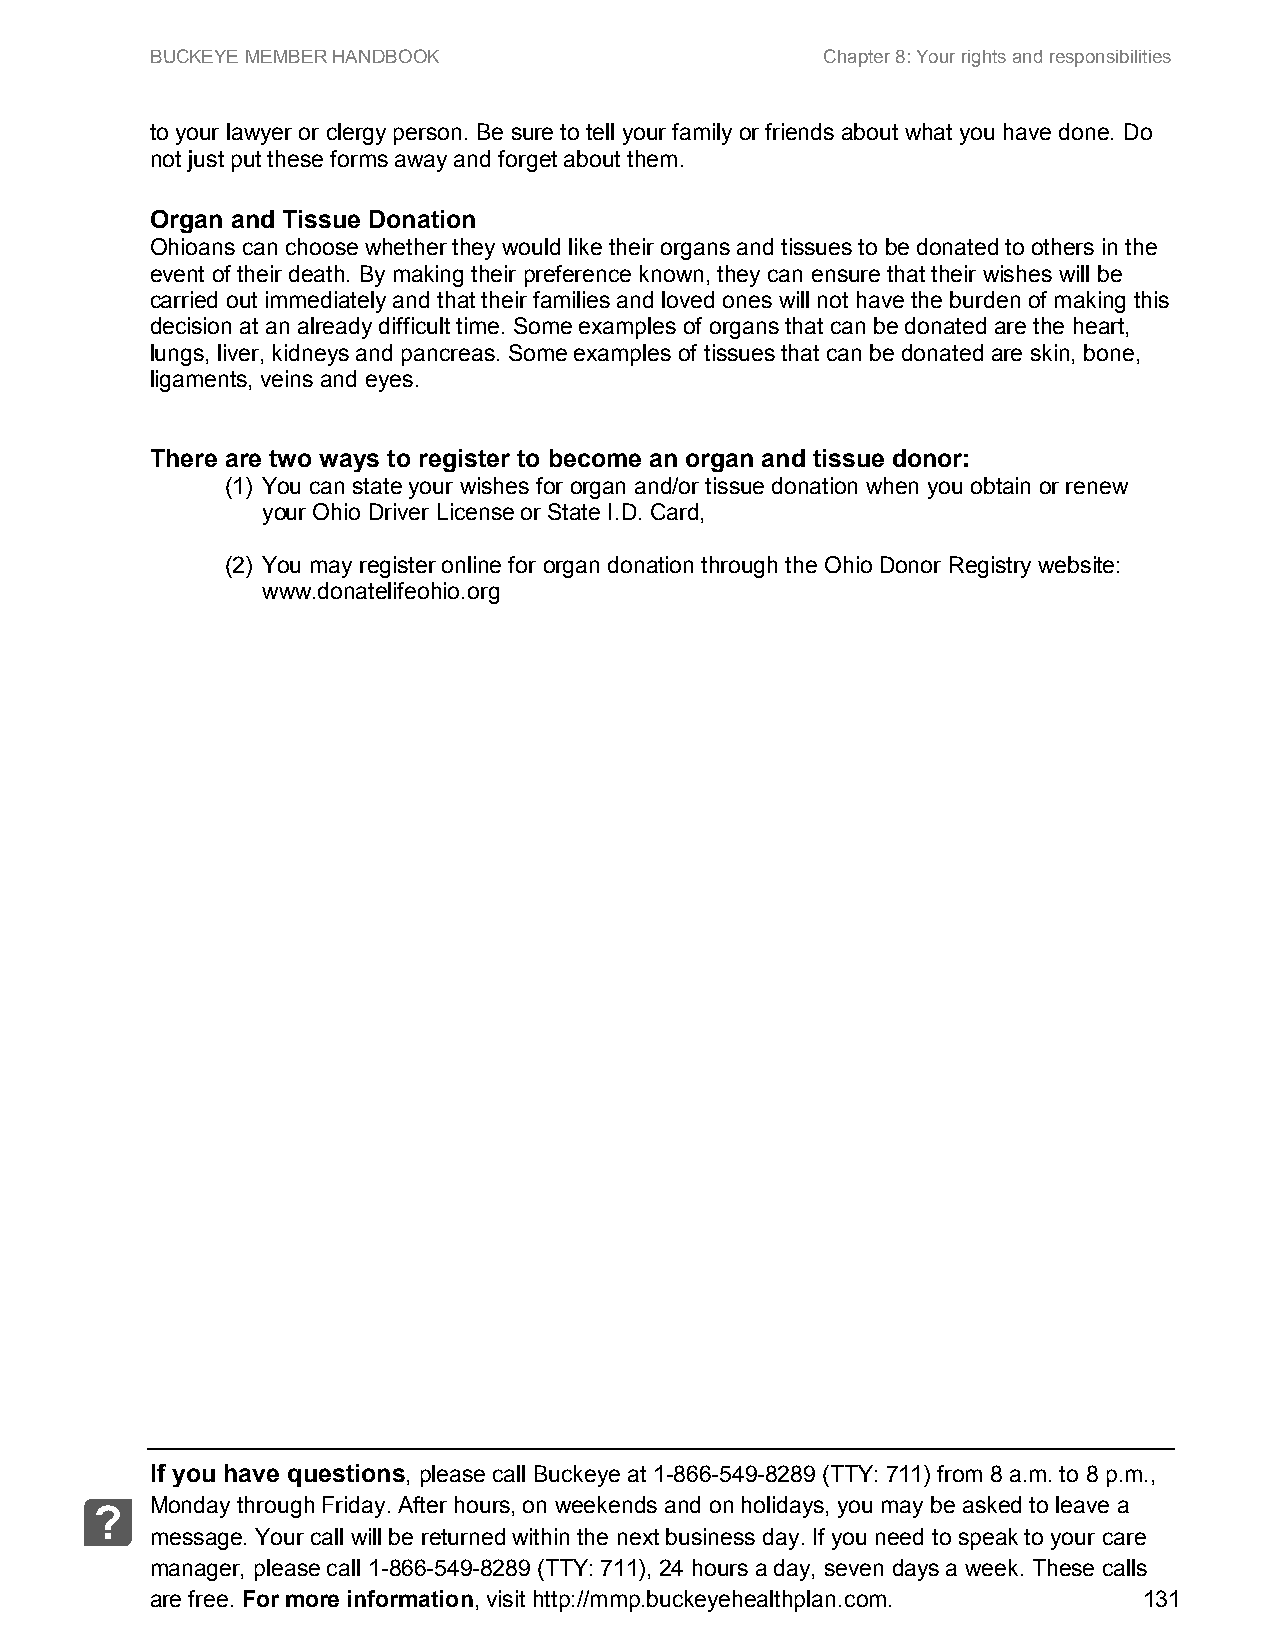
BUCKEYE MEMBER HANDBOOK                      Chapter 8: Your rights and responsibilities
 to your lawyer or clergy person. Be sure to tell your family or friends about what you have done. Do
 not just put these forms away and forget about them.
 Organ and Tissue Donation
 Ohioans can choose whether they would like their organs and tissues to be donated to others in the
 event of their death. By making their preference known, they can ensure that their wishes will be
 carried out immediately and that their families and loved ones will not have the burden of making this
 decision at an already difficult time. Some examples of organs that can be donated are the heart,
 lungs, liver, kidneys and pancreas. Some examples of tissues that can be donated are skin, bone,
 ligaments, veins and eyes.
 There are two ways to register to become an organ and tissue donor:
 (1) You can state your wishes for organ and/or tissue donation when you obtain or renew
 your Ohio Driver License or State I.D. Card,
 (2) You may register online for organ donation through the Ohio Donor Registry website:
 www.donatelifeohio.org
 If you have questions, please call Buckeye at 1-866-549-8289 (TTY: 711) from 8 a.m. to 8 p.m.,
 Monday through Friday. After hours, on weekends and on holidays, you may be asked to leave a
 ?
 message. Your call will be returned within the next business day. If you need to speak to your care
 manager, please call 1-866-549-8289 (TTY: 711), 24 hours a day, seven days a week. These calls
 are free. For more information, visit http://mmp.buckeyehealthplan.com. 131